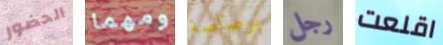
الحضور ومهما برصاصة رجل اقلعت